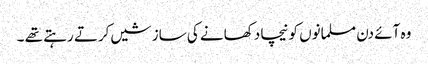
وہ آئے دن مسلمانوں کو نیچا دکھانے کی سازشیں کرتے رہتے تھے ۔